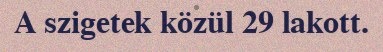
A szigetek közül 29 lakott.